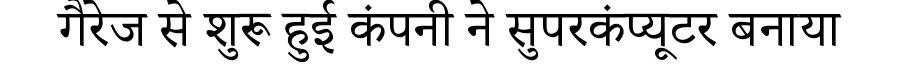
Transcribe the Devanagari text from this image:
गैरेज से शुरू हुई कंपनी ने सुपरकंप्यूटर बनाया